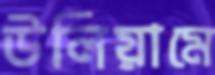
উলিয়ামে